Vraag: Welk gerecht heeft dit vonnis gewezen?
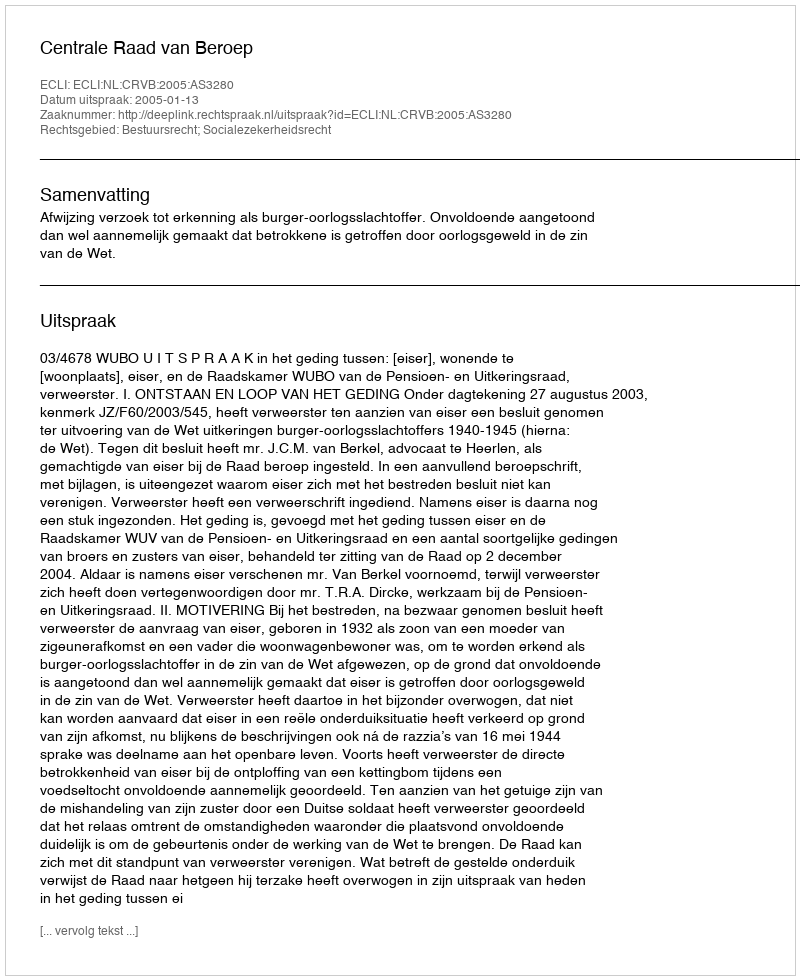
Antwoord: Centrale Raad van Beroep